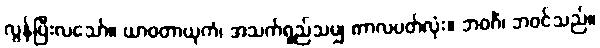
လွန်ပြီးလသော်။ ယာဝတာယုကံ၊ အသက်ရှည်သမျှ ကာလပတ်လုံး။ ဘဝင်္ဂံ၊ ဘဝင်သည်။